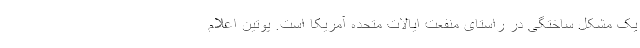
یک مشکل ساختگی در راستای منفعت ایالات متحده آمریکا است. پوتین اعلام